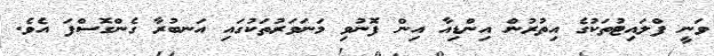
ވަނީ ފްލައިޓުތަކުގެ އިތުރުން އިންޑިއާ އިން ފޮނުވި މަނަވަރުތަކުގައި އަނބުރާ ގެންގޮސްފަ އެވެ.